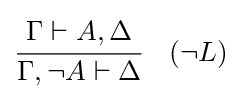
{\cfrac {\Gamma \vdash A,\Delta }{\Gamma ,\lnot A\vdash \Delta }}\quad ({\lnot }L)